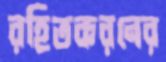
রহিতকরনের